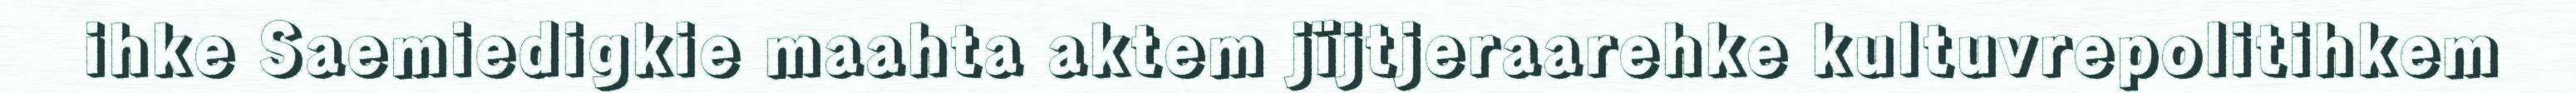
ihke Saemiedigkie maahta aktem jïjtjeraarehke kultuvrepolitihkem